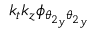
k _ { t } k _ { z } \phi _ { { \theta _ { 2 } } _ { y } { \theta _ { 2 } } _ { y } }